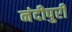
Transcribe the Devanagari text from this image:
नंदीपुरी